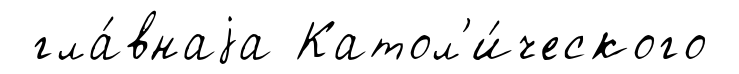
гла́внаjа Катол'и́ческого